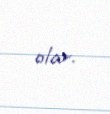
olar.